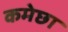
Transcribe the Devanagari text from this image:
कमेछा